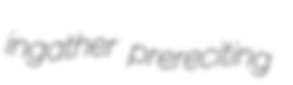
ingather prereciting